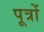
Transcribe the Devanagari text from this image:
पूत्रों